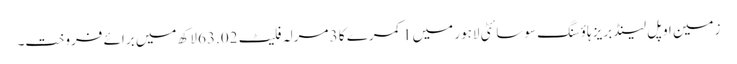
زمین اوپل لینڈ بریز ہاؤسنگ سوسائٹی لاہور میں 1 کمرے کا 3 مرلہ فلیٹ 63.02 لاکھ میں برائے فروخت۔